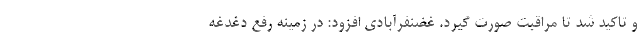
و تاکید شد تا مراقبت صورت گیرد. غضنفرآبادی افزود: در زمینه رفع دغدغه